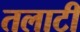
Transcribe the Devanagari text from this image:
तलाटी